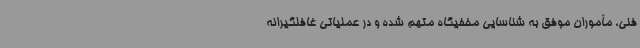
فنی، مأموران موفق به شناسایی مخفیگاه متهم شده و در عملیاتی غافلگیرانه